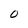
Character: 0